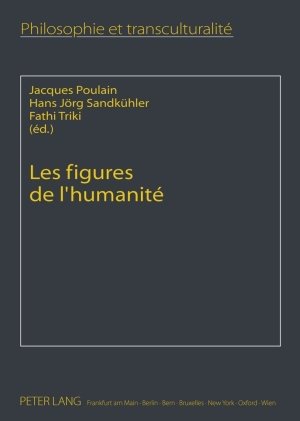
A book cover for Les figures de l'humanitÃ©: Perspectives transculturelles (Philosophie und TranskulturalitÃ¤t / Philosophie et transculturalitÃ©) (French Edition); Religion & Spirituality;